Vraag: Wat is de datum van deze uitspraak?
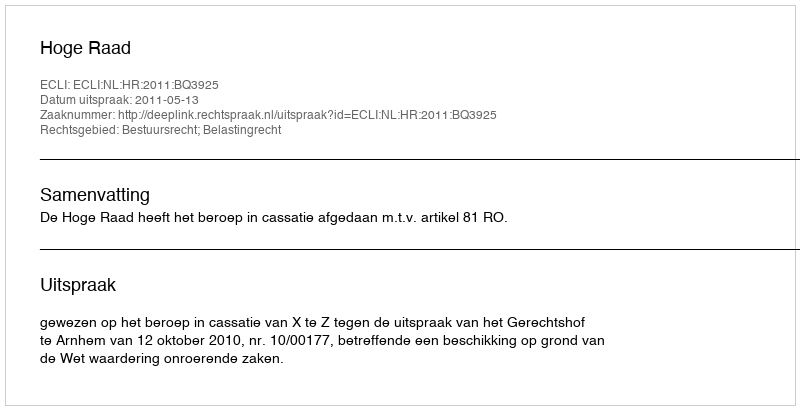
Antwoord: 2011-05-13